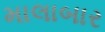
માલાબાર